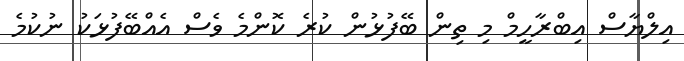
އިލްޔާސް އިބްރާހީމް މި ތިން ބޭފުޅުން ކުރެ ކޮންމެ ވެސް އެއްބޭފުޅަކު ނުކުމެ